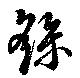
繇